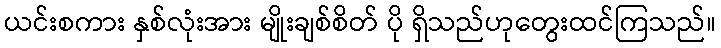
ယင်းစကား နှစ်လုံးအား မျိုးချစ်စိတ် ပို ရှိသည်ဟုတွေးထင်ကြသည်။